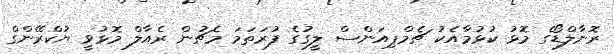
ރޮނާލްޑޯގެ މޮޅު ކުޅުމާއެކު ޗެމްޕިއަންސް ލީގުގެ ފުރަތަމަ މެޗުން ރެއާލް މޮޅުވީ ޔުކްރޭންގް